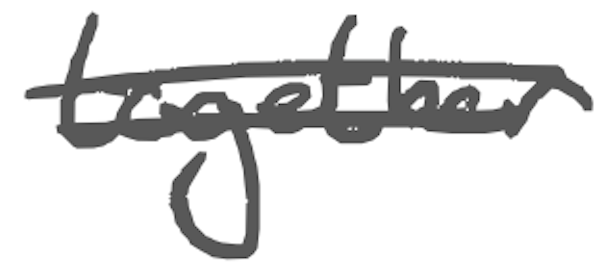
Text: together
Cross-out: double-line
Writing tool: digital_gray